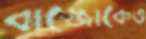
বাজ্জোকেও